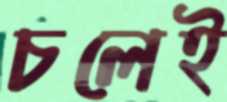
চলেই